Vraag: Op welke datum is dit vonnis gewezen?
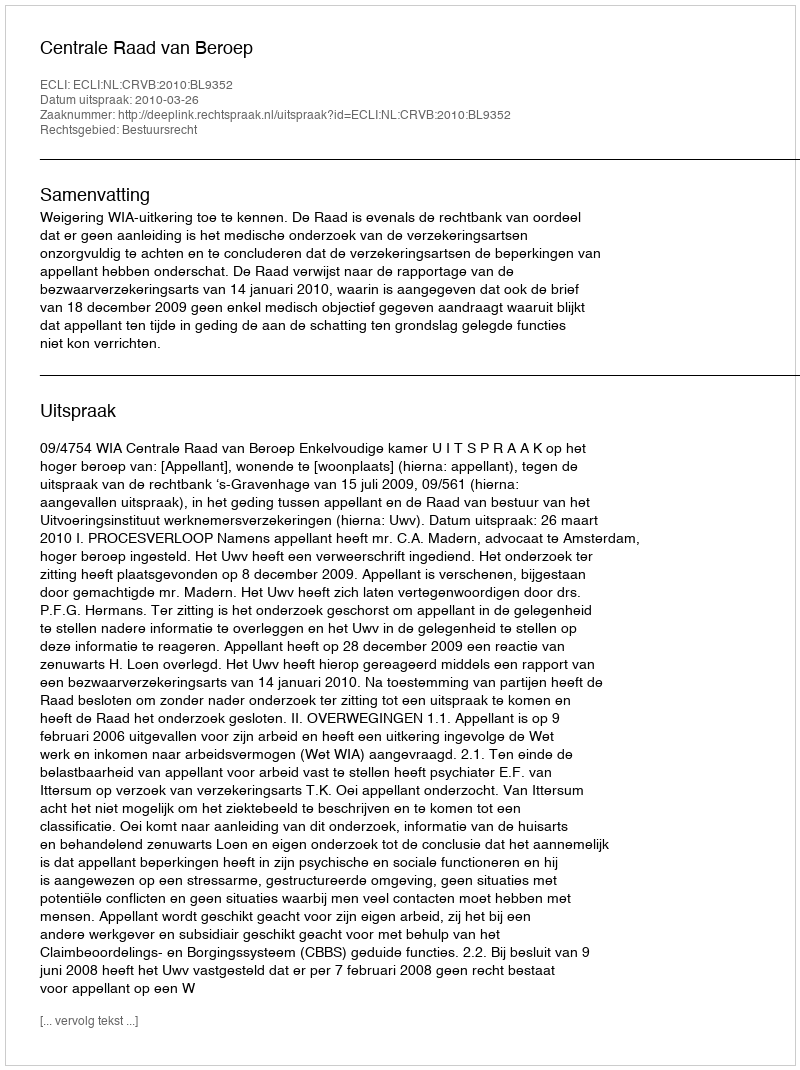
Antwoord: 2010-03-26